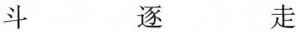
斗 逐 走